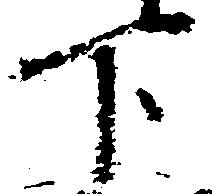
下